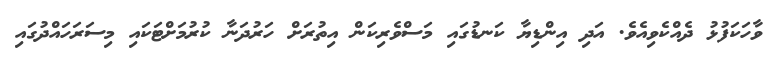
ވާހަކަފުޅު ދެއްކެވިއެވެ. އަދި އިންޑިޔާ ކަނޑުގައި މަސްވެރިކަން އިތުރަށް ހަރުދަނާ ކުރުމަށްޓަކައި މިސަރަހައްދުގައި